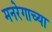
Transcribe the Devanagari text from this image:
मनरेगाच्या